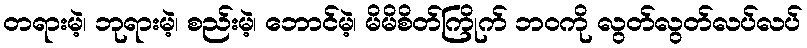
တရားမဲ့၊ ဘုရားမဲ့၊ စည်းမဲ့၊ ဘောင်မဲ့၊ မိမိစိတ်ကြိုက် ဘဝကို လွတ်လွတ်လပ်လပ်